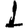
Digit: 1